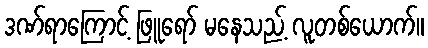
ဒဏ်ရာကြောင့် ဖြူရော် မနေသည့် လူတစ်ယောက်။